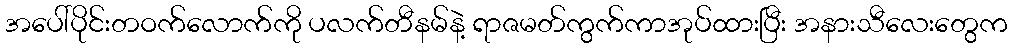
အပေါ်ပိုင်းတဝက်လောက်ကို ပလက်တီနမ်နဲ့ ရာဇမတ်ကွက်ကာအုပ်ထားပြီး အနားသီလေးတွေက